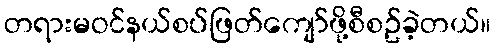
တရားမဝင်နယ်စပ်ဖြတ်ကျော်ဖို့စီစဥ်ခဲ့တယ်။